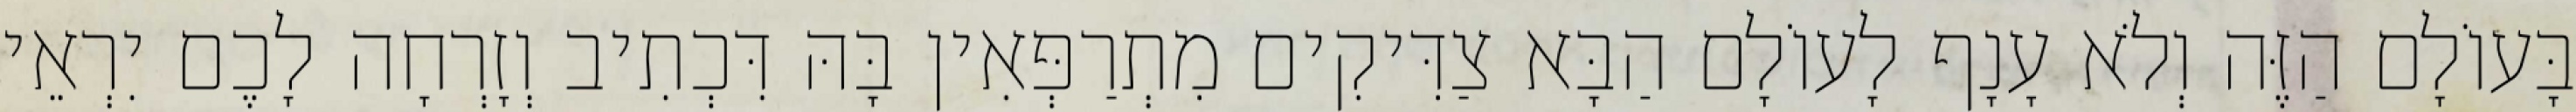
בָּעוֹלָם הַזֶּה וְלֹא עָנָף לָעוֹלָם הַבָּא צַדִּיקִים מִתְרַפְּאִין בָּהּ דִּכְתִיב וְזָרְחָה לָכֶם יִרְאֵי